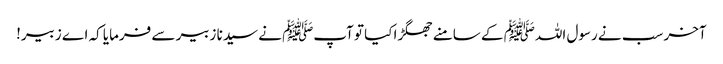
آخر سب نے رسول اللہﷺ کے سامنے جھگڑا کیا تو آپﷺ نے سیدنا زبیر سے فرمایا کہ اے زبیر!